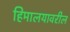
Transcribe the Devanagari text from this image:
हिमालयावरील